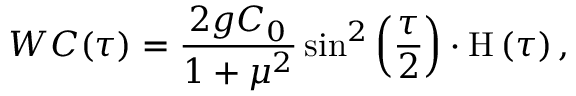
W C ( \tau ) = \frac { 2 g C _ { 0 } } { 1 + \mu ^ { 2 } } \sin ^ { 2 } \left( { \frac { \tau } { 2 } } \right) \cdot \mathrm { H } \left( \tau \right) ,